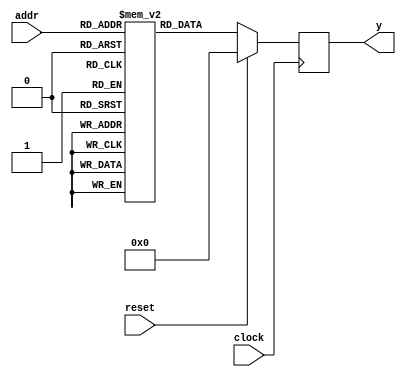
module rom_behav_a (
  input wire clock,
  input wire reset,
  input wire [4:0] addr,
  output wire [31:0] y
);
  reg [31:0] ram [31:0];

  initial begin
    ram[0] = 32'hD3301861;
    ram[1] = 32'hCC0D694A;
    ram[2] = 32'h3248C9DA;
    ram[3] = 32'h376425D3;
    ram[4] = 32'hC53D7454;
    ram[5] = 32'h8495153B;
    ram[6] = 32'hCAC4CFEC;
    ram[7] = 32'hFF56CBC7;
    ram[8] = 32'h1CB3B3A6;
    ram[9] = 32'h27E588EA;
    ram[10] = 32'h8A4880C6;
    ram[11] = 32'h6956C4DC;
    ram[12] = 32'hCF4735F1;
    ram[13] = 32'hCDFF9AA3;
    ram[14] = 32'h24BD4009;
    ram[15] = 32'h5D10546E;
    ram[16] = 32'h359A76C9;
    ram[17] = 32'h7F55F4A4;
    ram[18] = 32'h4EF132A2;
    ram[19] = 32'h5470D8D9;
    ram[20] = 32'h7D5B1F08;
    ram[21] = 32'h5082840F;
    ram[22] = 32'h3ECCAE03;
    ram[23] = 32'h9FF5814E;
    ram[24] = 32'hF4050D9A;
    ram[25] = 32'h0B8B41BF;
    ram[26] = 32'h5FF6006A;
    ram[27] = 32'h843ECF22;
    ram[28] = 32'h28F4779D;
    ram[29] = 32'h7041677E;
    ram[30] = 32'hEBD55AC8;
    ram[31] = 32'h0C3F0B5D;
  end

  reg [31:0] data;

  always @(posedge clock) begin
    if (reset) begin
      data <= 0;
    end else begin
      data <= ram[addr];
    end
  end

  assign y = data;
endmodule